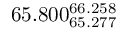
6 5 . 8 0 0 _ { 6 5 . 2 7 7 } ^ { 6 6 . 2 5 8 }